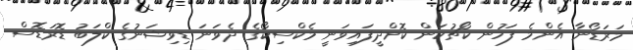
މަރަޑޯނާ އެންމެ ފަހުން ކޯޗުކަން ކޮށްދީފައިވަނީ މެކްސިކޯގެ ދެވަނަ ޑިވިޝަނުގެ ކްލަބު ޑޮރަޑޮސް